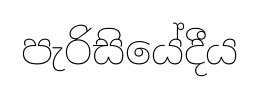
පැරිසියේදීය